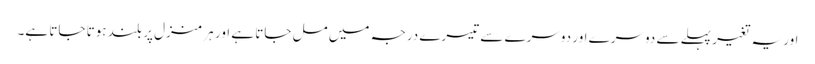
اور یہ تغیر پہلے سے دوسرے اور دوسرے سے تیسرے درجہ میں مل جاتا ہے اور ہر منزل پر بلند ہوتا جاتا ہے۔